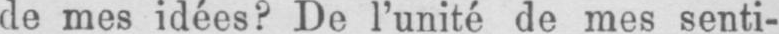
de mes idées? De l’unité de mes senti-